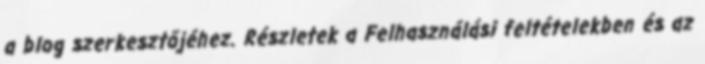
a blog szerkesztőjéhez. Részletek a Felhasználási feltételekben és az